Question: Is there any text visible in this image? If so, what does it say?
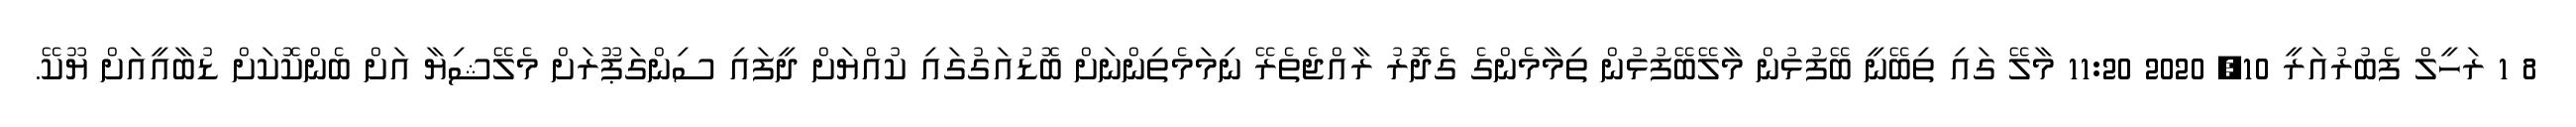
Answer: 8 1 ރަހީލް ފެބުރުއަރީ 10, 2020 11:20 މާލޭ ގައި ތިބޭނީ ބޭފުޅުން މާލޭބޭފުޅުން ތިމާމެންގެ ގެދޮރު ރާއްޖެތެރޭ ނިމަމެތިންނަށް ބޮޑުއަގުގައި ކުއްޔަށް ދީފައި ސިންގަޕޫރަށް މެލޭޝިޔާ އަށް ބެންކޮކަށް ޑުބާއީއަށް ޔޫކޭ.